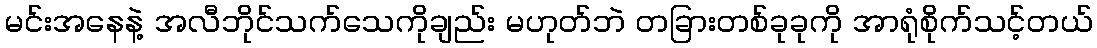
မင်းအနေနဲ့ အလီဘိုင်သက်သေကိုချည်း မဟုတ်ဘဲ တခြားတစ်ခုခုကို အာရုံစိုက်သင့်တယ်